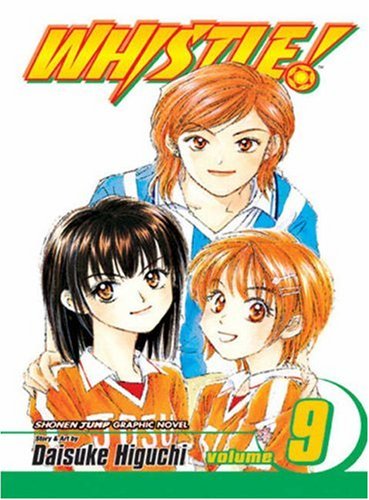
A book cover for Whistle!, Vol. 9 (v. 9); Daisuke Higuchi; Comics & Graphic Novels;